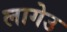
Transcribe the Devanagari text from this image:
लागेउ